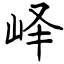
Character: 峄